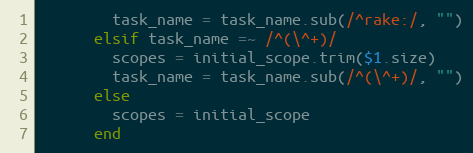
Language: Ruby
        task_name = task_name.sub(/^rake:/, "")
      elsif task_name =~ /^(\^+)/
        scopes = initial_scope.trim($1.size)
        task_name = task_name.sub(/^(\^+)/, "")
      else
        scopes = initial_scope
      end